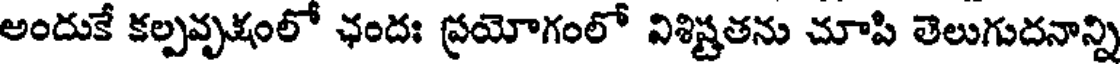
అందుకే కల్పవృక్షంలో ఛందః ప్రయోగంలో విశిష్టతను చూపి తెలుగుదనాన్ని